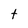
Character: t